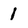
Character: 1